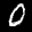
Label: 0